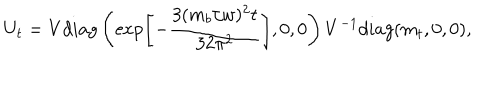
LaTeX: U _ { t } = V d i a g \left( \exp \left[ - \frac { 3 ( m _ { b } / w ) ^ { 2 } t } { 3 2 \pi ^ { 2 } } \right] , 0 , 0 \right) V ^ { - 1 } d i a g ( m _ { t } , 0 , 0 ) ,